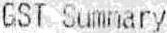
GST SUMMARY